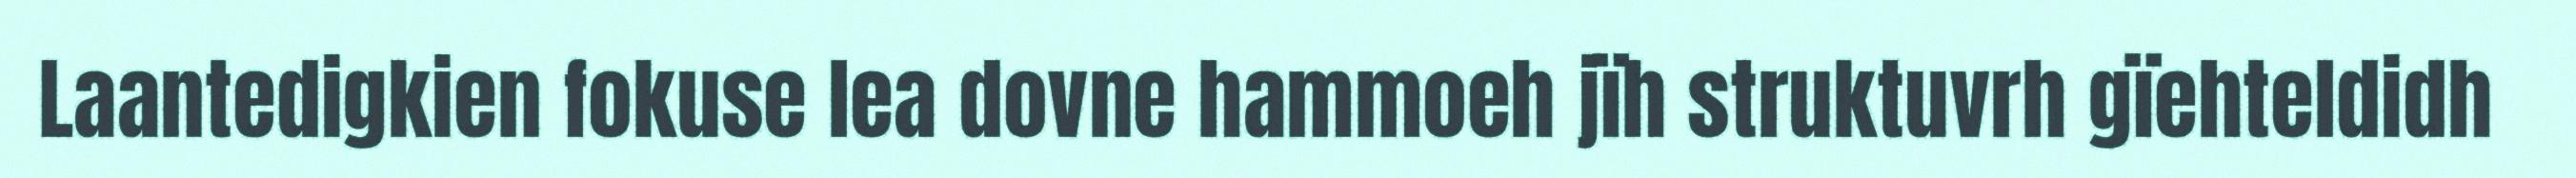
Laantedigkien fokuse lea dovne hammoeh jïh struktuvrh gïehteldidh